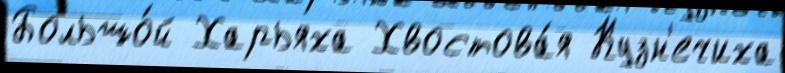
Большо́й Харьяха Хвостова́я Кузн'ечиха